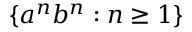
\{ a ^ { n } b ^ { n } : n \geq 1 \}